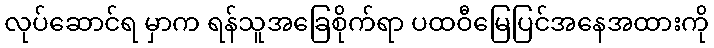
လုပ်ဆောင်ရ မှာက ရန်သူအခြေစိုက်ရာ ပထဝီမြေပြင်အနေအထားကို